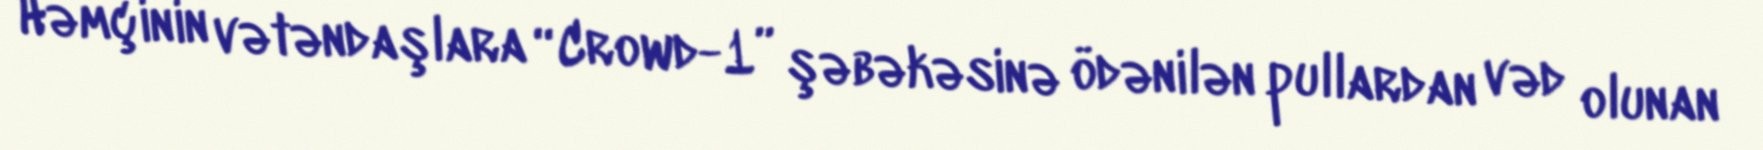
Həmçinin vətəndaşlara “Crowd-1” şəbəkəsinə ödənilən pullardan vəd olunan